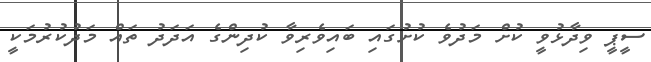
ސީޕީ ވިދާޅުވީ ކުށް މަދުވެ ކުށުގައި ބައިވެރިވާ ކުދިންގެ އަދަދު ތައް މަދުކުރުމަކީ